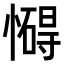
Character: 𢣀